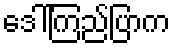
ဒေါ်ကြည်ပြာက